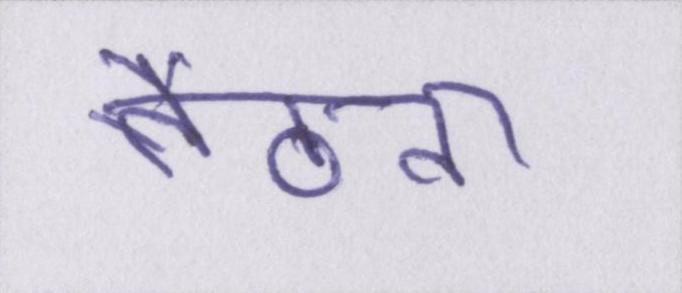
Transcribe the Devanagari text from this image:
बैठना